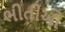
ભીતીઓ